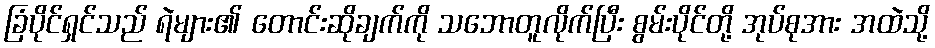
ခြံပိုင်ရှင်သည် ရဲများ၏ တောင်းဆိုချက်ကို သဘောတူလိုက်ပြီး စွမ်းပိုင်တို့ အုပ်စုအား အထဲသို့